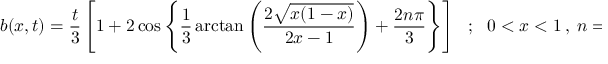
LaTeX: b ( x , t ) = \frac { t } { 3 } \left[ 1 + 2 \cos \left\{ \frac { 1 } { 3 } \arctan \left( \frac { 2 \sqrt { x ( 1 - x ) } } { 2 x - 1 } \right) + \frac { 2 n \pi } { 3 } \right\} \right] ~ ~ ~ ; ~ ~ ~ 0 < x < 1 ~ , ~ n = 0 , 1 , 2